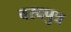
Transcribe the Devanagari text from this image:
वरदपुत्र